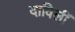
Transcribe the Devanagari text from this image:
दाविलीं